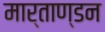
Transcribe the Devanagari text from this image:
मार्ताण्डन